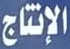
الإنتاج